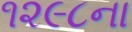
૧૨૯૮ના